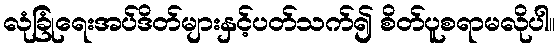
လုံခြုံရေးအပ်ဒိတ်များနှင့်ပတ်သက်၍ စိတ်ပူစရာမလိုပါ။